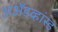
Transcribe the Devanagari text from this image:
अॲडव्हांस्ड